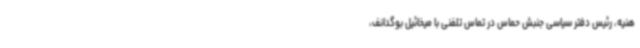
هنیه، رئیس دفتر سیاسی جنبش حماس در تماس تلفنی با میخائیل بوگدانف،